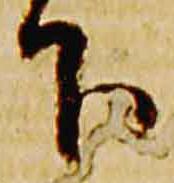
下